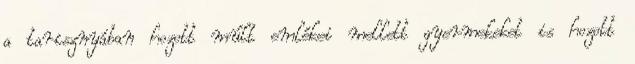
a tarisznyában hozott múlt emlékei mellett gyermekeket is hozott